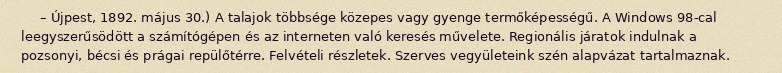
– Újpest, 1892. május 30.) A talajok többsége közepes vagy gyenge termőképességű. A Windows 98-cal leegyszerűsödött a számítógépen és az interneten való keresés művelete. Regionális járatok indulnak a pozsonyi, bécsi és prágai repülőtérre. Felvételi részletek. Szerves vegyületeink szén alapvázat tartalmaznak.